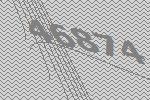
46874